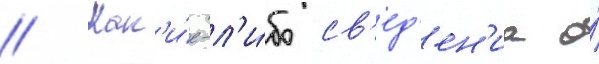
// Как'и́е-л'и́бо св'ед'ен'иа о́